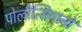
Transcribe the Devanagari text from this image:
पोलीत्सियानो